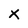
Character: X